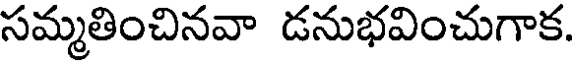
సమ్మతించినవా డనుభవించుగాక.